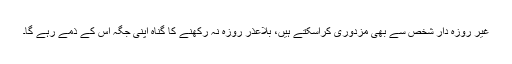
غیر روزہ دار شخص سے بھی مزدوری کراسکتے ہیں، بلاعذر روزہ نہ رکھنے کا گناہ اپنی جگہ اس کے ذمے رہے گا۔